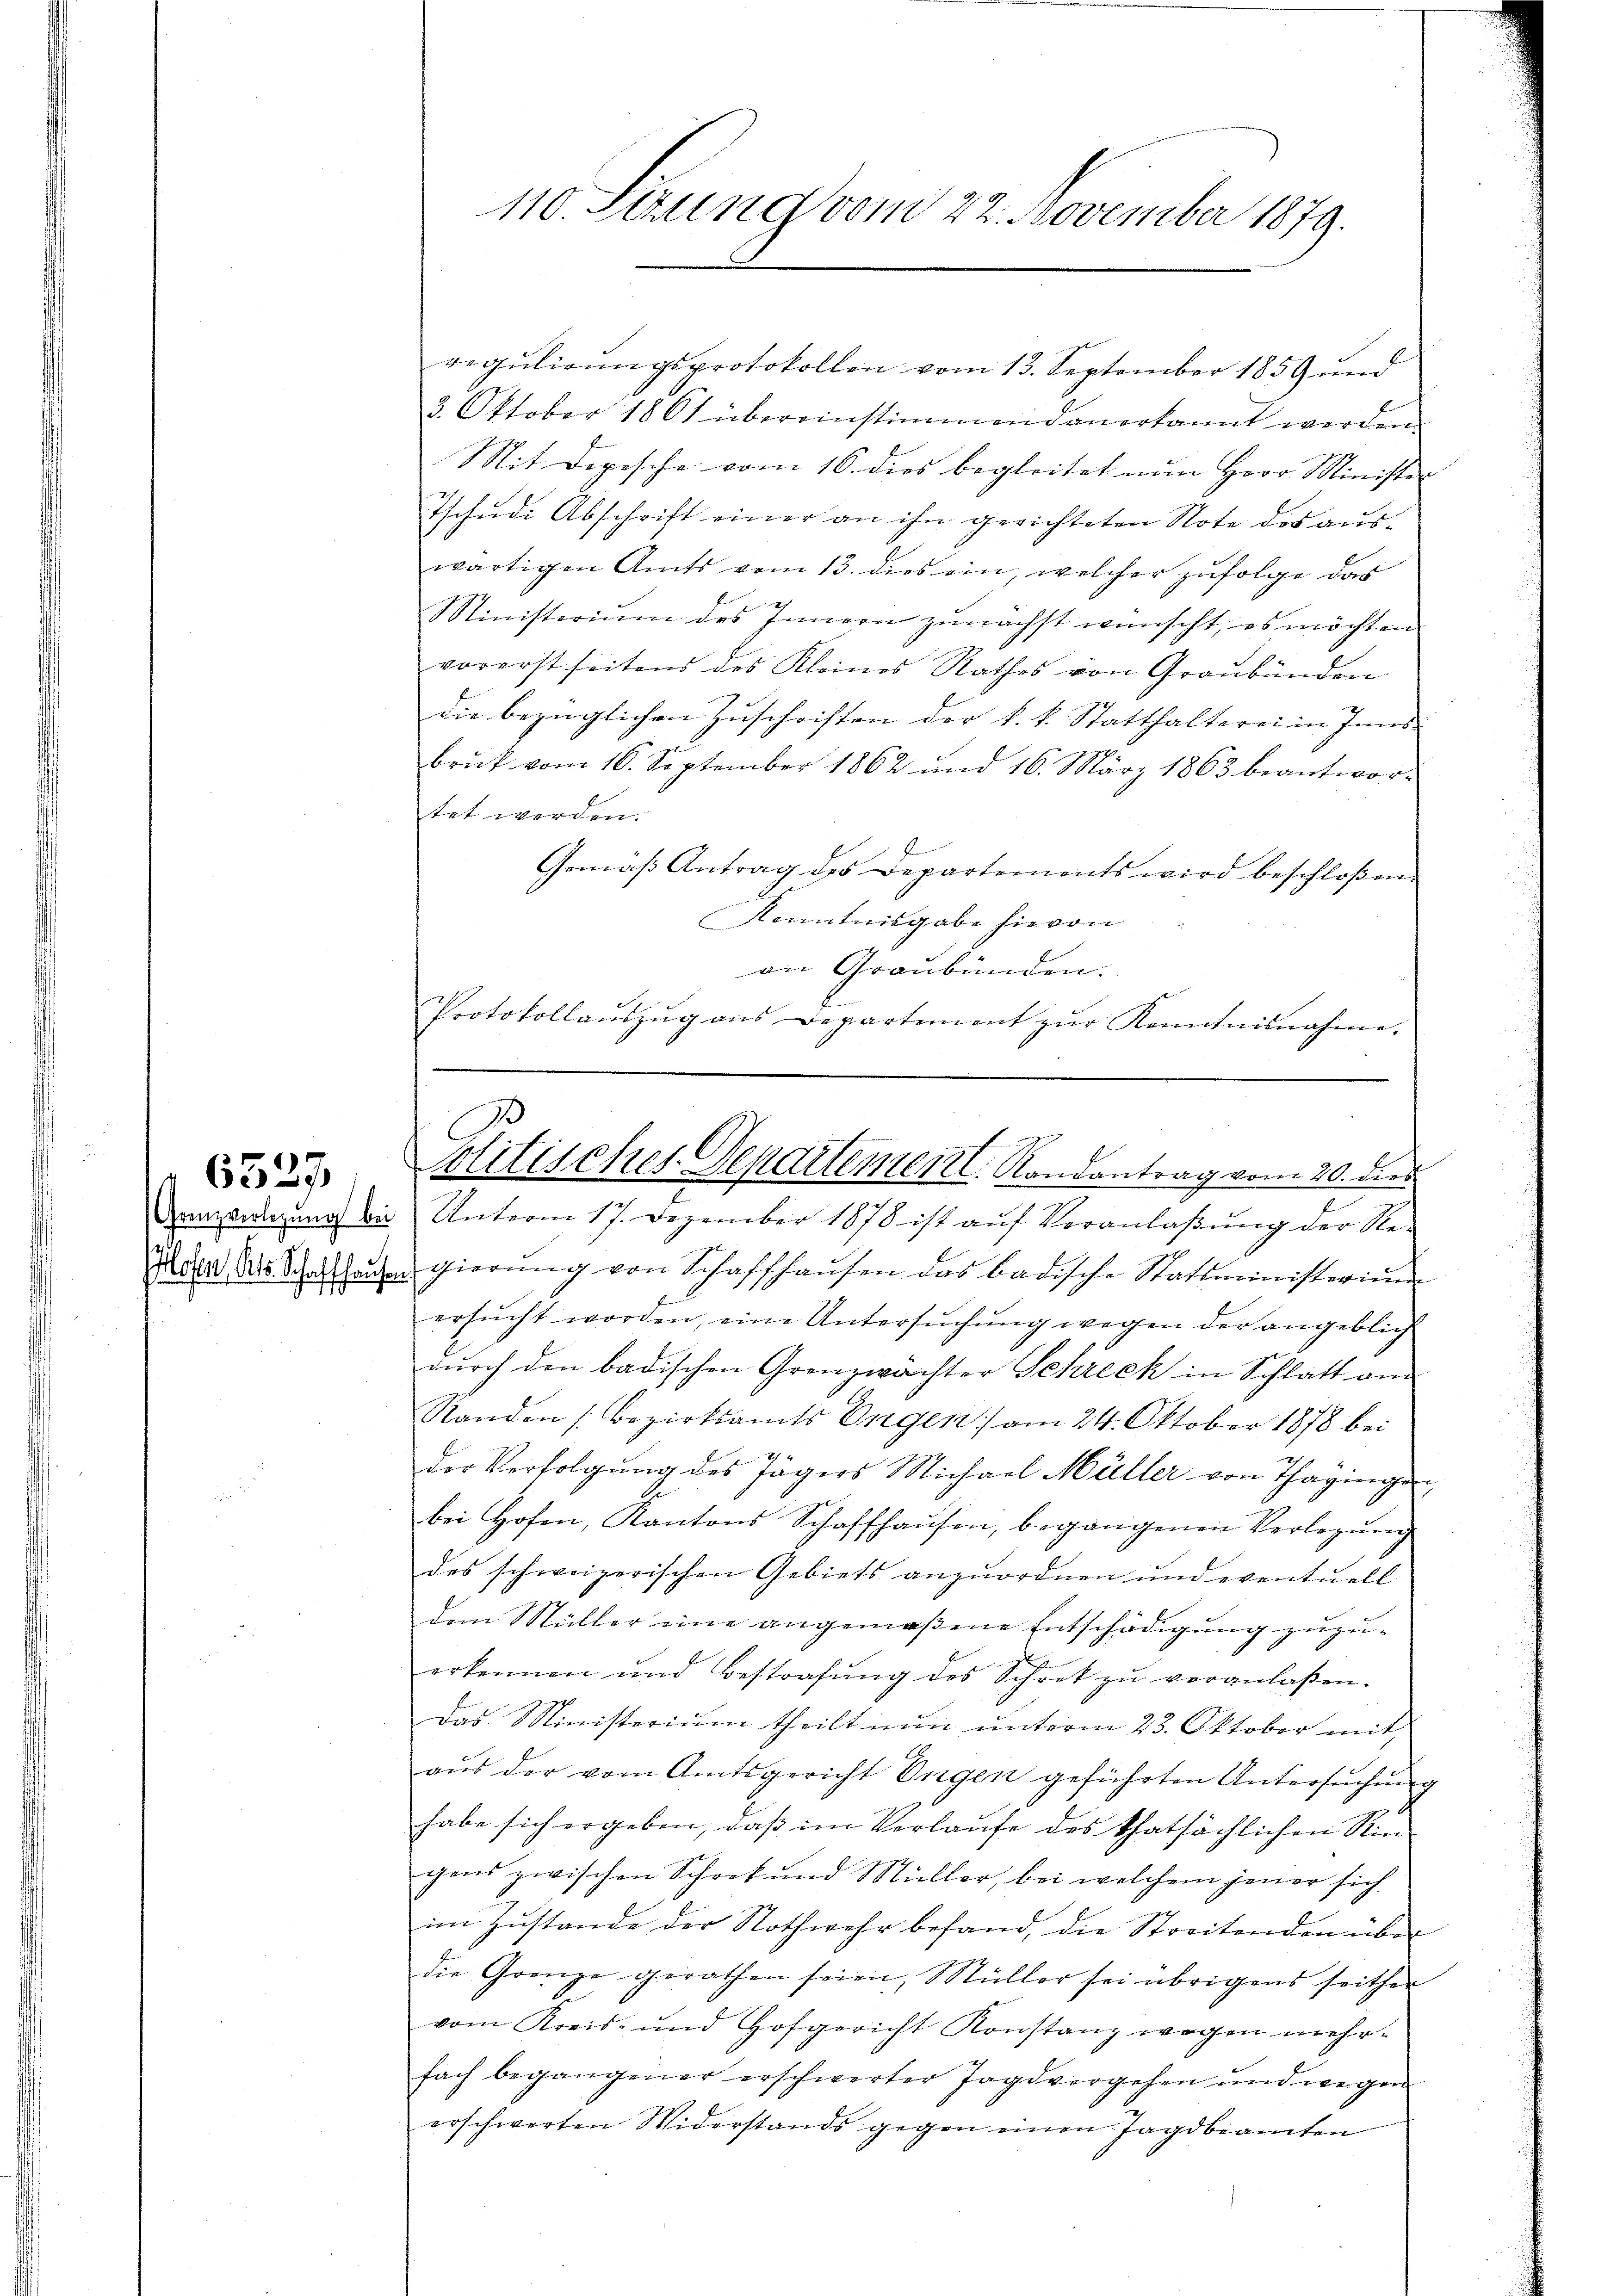
6527

110. Setzung vom 22. November 1879.

regulirungsprotokollen vom 13. September 1859 und
3. Oktober 1861 übereinstimmen danerkannt werden.
Mit Depesche vom 16. dies begleitet nun Herr Minister
Tschŭdi Abschrift einer an ihn gerichteten Note des aŭs-
wärtigen Amts vom 13. dies ein, welcher zufolge das
Ministerium des Innern zunächst wünscht, es möchten
vorerst seitens des Kleines Rathes von Graubünden
die bezüglichen Zuschriften der k. k. Statthalterei in Inns-
brŭk vom 16. September 1862 und 16. März 1863 beantwor-
tet werden.
Gemäβ Antrag des Departements wird beschloßen:
Kenntnisgabe hievon
an Graubünden.
Protokollaŭszŭg ans Departement zŭr Kenntnisnahme.

C
olitisches Departement. Randantrag vom 20. dies
e
renzenlegung bei Unterm 17. Dezember 1878 ist aŭf Veranlaßung der Re-

Idee der Schaffhausen gierŭng von Schaffhaŭsen das badische Stattministerium
ersŭcht worden, eine Untersŭchŭng wegen der angeblich
durch den badischen Grenzwächter Schreck in Schlatt am
Standen (Bezirksamts Engen) am 24. Oktober 1878 bei
der Verfolgung des Jägers Michael Müller von Thagingen,
bei Hofen, Kantons Schaffhaŭsen, begangenen Verlegŭng
des schweizerischen Gebiets anzuordnen und eventuell
dem Müller eine angemeßene Entschädigung zuzuerkennen und Bestrafŭng des Schret zŭ veranlaßen.
Das Ministerium theilt nun unterm 23. Oktober mit
aus der vom Amtsgericht Engen geführten Untersuchung
habe sich ergeben, daß im Verlaufe des thatsächlichen Rin
gens zwischen Schret und Müller, bei welchem jener sich
im Zustande der Nothwehr befand, die Streitenden über
die Grenze gerathen seien, Müller sei übrigens seither
vom Kreis- und Hofgericht Konstanz wegen mehr-
fach begangener erschwerter Jagdvergehen und wegen
erschwerten Widerstands gegen einen Jagdbeamten